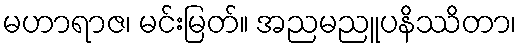
မဟာရာဇ၊ မင်းမြတ်။ အညမညူပနိဿိတာ၊